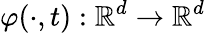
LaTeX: \varphi(\cdot,t):\mathbb{R}^{d}\rightarrow\mathbb{R}^{d}